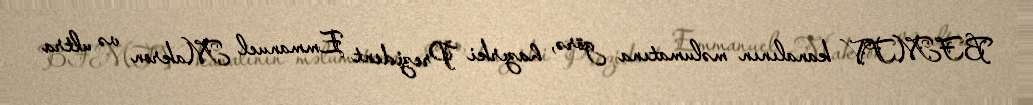
BFMTV kanalının məlumatına görə, hazırki Prezident Emmanuel Makron və ultra